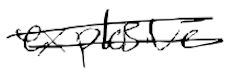
Text: explosive
Cross-out: double-line
Writing tool: digital_black